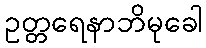
ဥတ္တရေနာဘိမုခေါ